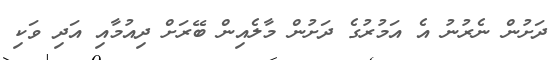
ދަށުން ނެރުނު އެ އަމުރުގެ ދަށުން މާލެއިން ބޭރަށް ދިއުމާއި އަދި ވަކި